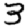
Digit: 3